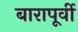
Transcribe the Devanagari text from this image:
बारापूर्वी